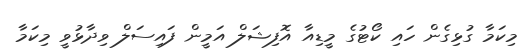
މިކަމާ ގުޅިގެން ހައި ކޯޓުގެ މީޑިއާ އޮފިޝަލް އަމީން ފައިސަލް ވިދާޅުވީ މިކަމާ